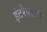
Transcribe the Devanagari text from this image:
इंटरैक्शन